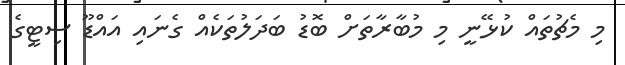
މި މެޗުތައް ކުޅޭނީ މި މުބާރާތަށް ބޮޑު ބަދަލުތަކެއް ގެނައި އައްޑޫ ސިޓީގެ